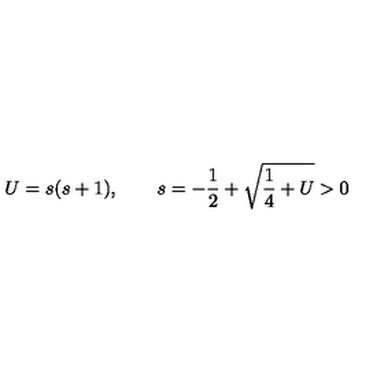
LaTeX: U = s ( s + 1 ) , \qquad s = - \frac 1 2 + \sqrt { \frac 1 4 + U } > 0